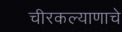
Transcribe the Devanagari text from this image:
चीरकल्याणाचे